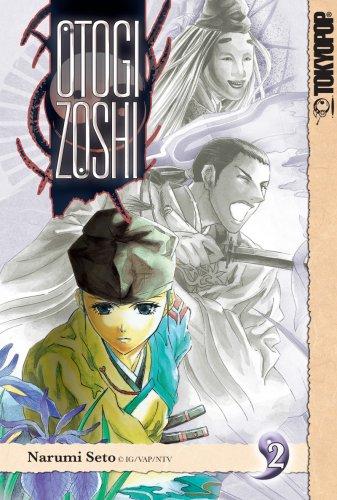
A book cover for Otogi Zoshi Volume 2 (v. 2); Narumi Seto; Teen & Young Adult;